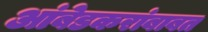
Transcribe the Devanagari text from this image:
आंबेडकरांबाबत